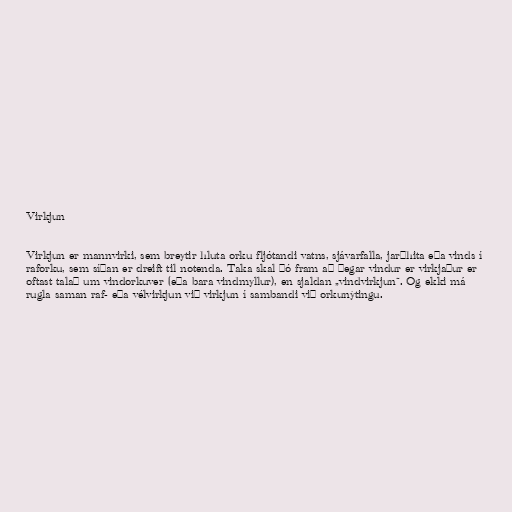
Virkjun

Virkjun er mannvirki, sem breytir hluta orku fljótandi vatns, sjávarfalla, jarðhita eða vinds í
raforku, sem síðan er dreift til notenda. Taka skal þó fram að þegar vindur er virkjaður er
oftast talað um vindorkuver (eða bara vindmyllur), en sjaldan „vindvirkjun“. Og ekki má
rugla saman raf- eða vélvirkjun við virkjun í sambandi við orkunýtingu.